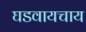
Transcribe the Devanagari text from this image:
घडवायचाय